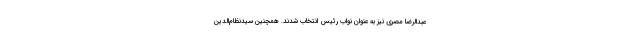
عبدالرضا مصری نیز به عنوان نواب رئیس انتخاب شدند. همچنین سیدنظام‌الدین